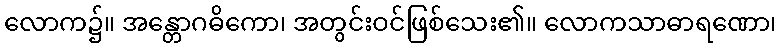
လောက၌။ အန္တောဂဓိကော၊ အတွင်းဝင်ဖြစ်သေး၏။ လောကသာဓာရဏော၊